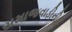
સમાજવાડીની